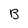
Character: B